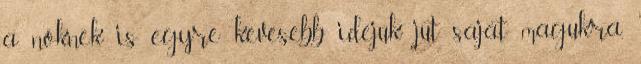
a nőknek is egyre kevesebb idejük jut saját magukra,